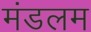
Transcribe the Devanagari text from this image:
मंडलम